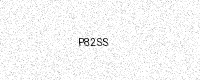
Text: P82SS